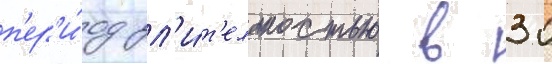
п'ер'и́од дл'и́т'ельностью в 30